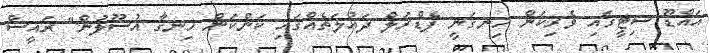
އައްޑޫ ސިޓީގައި ވެރިކަން ހިނގަނީ ފެޑްރަލް ދައުލަތެއްގައި ކަންކަން ހިނގާ އުސޫލުން" ރައީސް